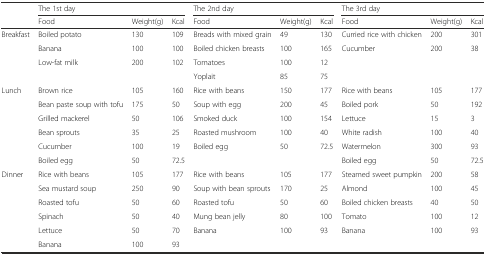
<table><thead><tr><td></td><td colspan="3"><b>The 1st day</b></td><td colspan="3"><b>The 2nd day</b></td><td colspan="3"><b>The 3rd day</b></td></tr><tr><td></td><td><b>Food</b></td><td><b>Weight(g)</b></td><td><b>Kcal</b></td><td><b>Food</b></td><td><b>Weight(g)</b></td><td><b>Kcal</b></td><td><b>Food</b></td><td><b>Weight(g)</b></td><td><b>Kcal</b></td></tr></thead><tbody><tr><td>Breakfast</td><td>Boiled potato</td><td>130</td><td>109</td><td>Breads with mixed grain</td><td>49</td><td>130</td><td>Curried rice with chicken</td><td>200</td><td>301</td></tr><tr><td></td><td>Banana</td><td>100</td><td>100</td><td>Boiled chicken breasts</td><td>100</td><td>165</td><td>Cucumber</td><td>200</td><td>38</td></tr><tr><td></td><td>Low-fat milk</td><td>200</td><td>102</td><td>Tomatoes</td><td>100</td><td>12</td><td></td><td></td><td></td></tr><tr><td></td><td></td><td></td><td></td><td>Yoplait</td><td>85</td><td>75</td><td></td><td></td><td></td></tr><tr><td>Lunch</td><td>Brown rice</td><td>105</td><td>160</td><td>Rice with beans</td><td>150</td><td>177</td><td>Rice with beans</td><td>105</td><td>177</td></tr><tr><td></td><td>Bean paste soup with tofu</td><td>175</td><td>50</td><td>Soup with egg</td><td>200</td><td>45</td><td>Boiled pork</td><td>50</td><td>192</td></tr><tr><td></td><td>Grilled mackerel</td><td>50</td><td>106</td><td>Smoked duck</td><td>100</td><td>154</td><td>Lettuce</td><td>15</td><td>3</td></tr><tr><td></td><td>Bean sprouts</td><td>35</td><td>25</td><td>Roasted mushroom</td><td>100</td><td>40</td><td>White radish</td><td>100</td><td>40</td></tr><tr><td></td><td>Cucumber</td><td>100</td><td>19</td><td>Boiled egg</td><td>50</td><td>72.5</td><td>Watermelon</td><td>300</td><td>93</td></tr><tr><td></td><td>Boiled egg</td><td>50</td><td>72.5</td><td></td><td></td><td></td><td>Boiled egg</td><td>50</td><td>72.5</td></tr><tr><td>Dinner</td><td>Rice with beans</td><td>105</td><td>177</td><td>Rice with beans</td><td>105</td><td>177</td><td>Steamed sweet pumpkin</td><td>200</td><td>58</td></tr><tr><td></td><td>Sea mustard soup</td><td>250</td><td>90</td><td>Soup with bean sprouts</td><td>170</td><td>25</td><td>Almond</td><td>100</td><td>45</td></tr><tr><td></td><td>Roasted tofu</td><td>50</td><td>60</td><td>Roasted tofu</td><td>50</td><td>60</td><td>Boiled chicken breasts</td><td>40</td><td>50</td></tr><tr><td></td><td>Spinach</td><td>50</td><td>40</td><td>Mung bean jelly</td><td>80</td><td>100</td><td>Tomato</td><td>100</td><td>12</td></tr><tr><td></td><td>Lettuce</td><td>50</td><td>70</td><td>Banana</td><td>100</td><td>93</td><td>Banana</td><td>100</td><td>93</td></tr><tr><td></td><td>Banana</td><td>100</td><td>93</td><td></td><td></td><td></td><td></td><td></td><td></td></tr></tbody></table>